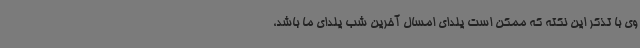
وی با تذکر این نکته که ممکن است یلدای امسال آخرین شب یلدای ما باشد،